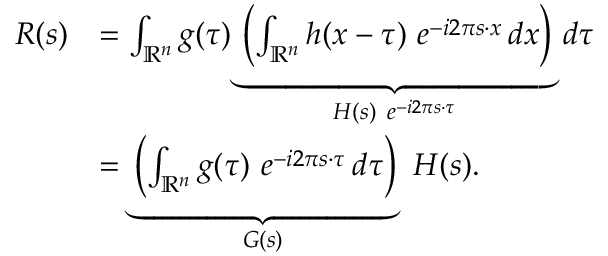
{ \begin{array} { r l } { R ( s ) } & { = \int _ { \mathbb { R } ^ { n } } g ( \tau ) \underbrace { \left( \int _ { \mathbb { R } ^ { n } } h ( x - \tau ) \ e ^ { - i 2 \pi s \cdot x } \, d x \right) } _ { H ( s ) \ e ^ { - i 2 \pi s \cdot \tau } } \, d \tau } \\ & { = \underbrace { \left( \int _ { \mathbb { R } ^ { n } } g ( \tau ) \ e ^ { - i 2 \pi s \cdot \tau } \, d \tau \right) } _ { G ( s ) } \ H ( s ) . } \end{array} }